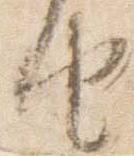
由